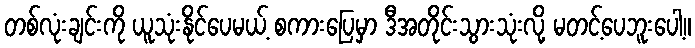
တစ်လုံးချင်းကို ယူသုံးနိုင်ပေမယ့် စကားပြေမှာ ဒီအတိုင်းသွားသုံးလို့ မတင့်ပေဘူးပေါ့။